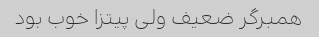
همبرگر ضعیف ولی پیتزا خوب بود